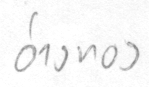
อ่างทอง